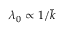
\lambda _ { 0 } \propto 1 / \tilde { k }